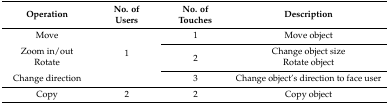
| Operation | No. ofUsers | No. of Touches | Description |
 | --- | --- | --- | --- |
 | Move | <ROWSPAN=4> 1 | 1 | Move object |
 | Zoom in/out | <ROWSPAN=2> 2 | Change object size |
 | Rotate | Rotate object |
 | Change direction | 3 | Change object’s direction to face user |
 | Copy | 2 | 2 | Copy object |